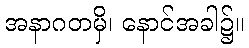
အနာဂတမှိ၊ နောင်အခါ၌။